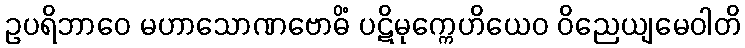
ဥပရိဘာဝေ မဟာသောဏဗောဓိံ ပဋိမုက္ကေဟိယေဝ ဝိညေယျမေဝါတိ